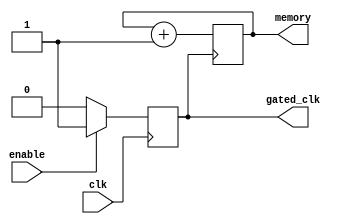
module conditional_clock_gating (
    input wire clk,          // Primary clock signal
    input wire enable,       // Enable signal for clock gating
    output wire gated_clk,   // Gated clock signal
    output reg [7:0] memory  // Example memory block (8-bit wide)
);

// Gating Logic
reg gated_clk_int;

// Generate gated clock signal based on enable signal
always @(posedge clk) begin
    if (enable) begin
        gated_clk_int <= 1'b1; // Allow clock to pass through
    end else begin
        gated_clk_int <= 1'b0; // Hold clock low
    end
end

assign gated_clk = gated_clk_int;

// Memory Block (example implementation)
always @(posedge gated_clk) begin
    // Memory operations (read/write) can be implemented here
    // For demonstration, let's just toggle the memory content
    memory <= memory + 1; // Increment memory value on gated clock
end

endmodule